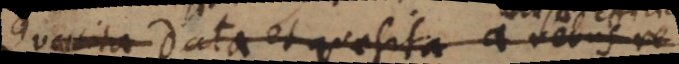
(2) Data et quaesita a rebus re